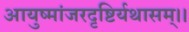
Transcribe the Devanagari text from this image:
आयुष्मांजरदृष्टिर्यथासम्।।